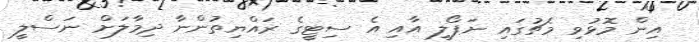
އިން މޮޅުވި މެޗުގައި ނަޕޯލީ އާއި އެ ސިޓީގެ ރައްޔިތުންނާ ދިމާލަށް ނަސްލީ